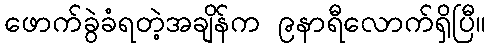
ဖောက်ခွဲခံရတဲ့အချိန်က ၉နာရီလောက်ရှိပြီ။